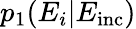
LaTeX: p_{1}(E_{i}|E_{\mathrm{inc}})